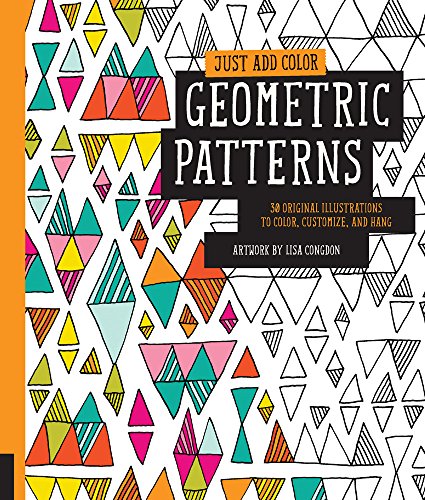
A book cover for Just Add Color: Geometric Patterns: 30 Original Illustrations To Color, Customize, and Hang; Lisa Congdon; Arts & Photography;